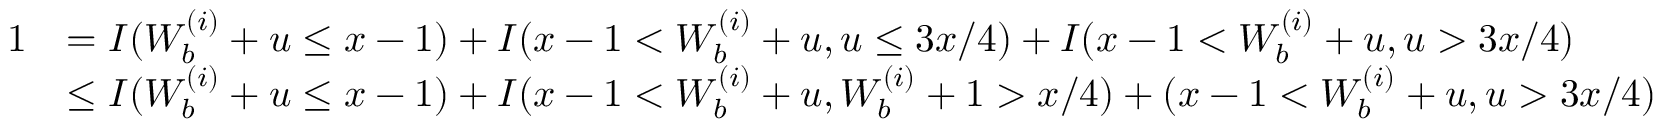
\begin{array} { r l } { 1 } & { = I ( W _ { b } ^ { ( i ) } + u \leq x - 1 ) + I ( x - 1 < W _ { b } ^ { ( i ) } + u , u \leq 3 x / 4 ) + I ( x - 1 < W _ { b } ^ { ( i ) } + u , u > 3 x / 4 ) } \\ & { \leq I ( W _ { b } ^ { ( i ) } + u \leq x - 1 ) + I ( x - 1 < W _ { b } ^ { ( i ) } + u , W _ { b } ^ { ( i ) } + 1 > x / 4 ) + ( x - 1 < W _ { b } ^ { ( i ) } + u , u > 3 x / 4 ) } \end{array}